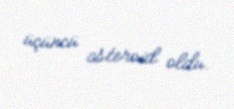
üçüncü asteroid oldu.